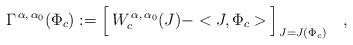
LaTeX: \begin{align*} \Gamma^{\,\alpha,\,\alpha_{0}}(\Phi_{c}):=\Bigl [ \,W_{c}^{\,\alpha,\,\alpha_{0}}(J) - < J ,\Phi_{c}>\, \Bigr ]_{\,J=J(\Phi_{c})} \quad,\end{align*}